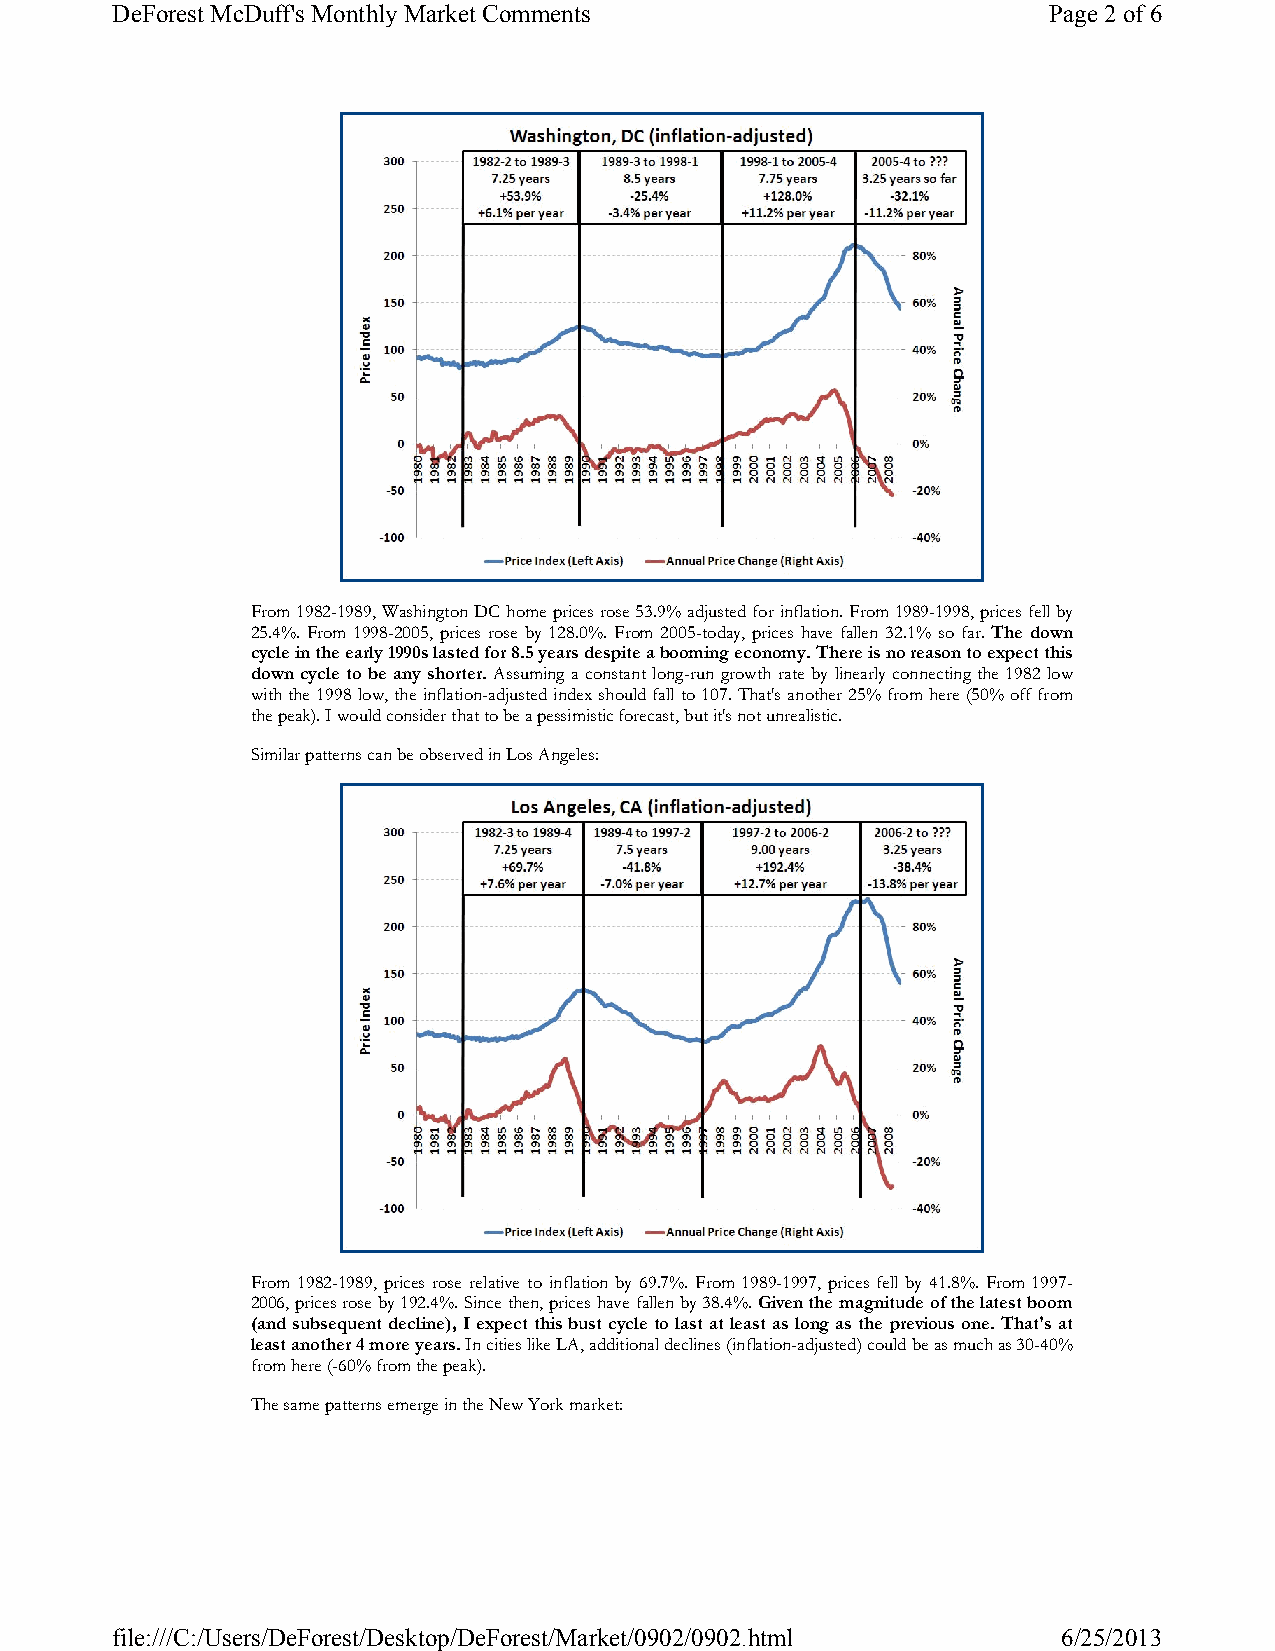
DeForest McDuff's Monthly Market Comments                     Page 2of 6
 From 1982-1989, Washington DC home prices rose 53.9% adjusted for inflation. From 1989-1998, prices fell by
 25.4%. From 1998-2005, prices rose by 128.0%. From 2005-today, prices have fallen 32.1% so far. The down
 cycle in the early 1990s lasted for 8.5 years despite a booming economy. There is no reason to expect this
 down cycle to be any shorter. Assuming a constant long-run growth rate by linearly connecting the 1982 low
 with the 1998 low, the inflation-adjusted index should fall to 107. That's another 25% from here (50% off from
 the peak). I would consider that to be a pessimistic forecast, but it's not unrealistic.
 Similar patterns can be observed in Los Angeles:
 From 1982-1989, prices rose relative to inflation by 69.7%. From 1989-1997, prices fell by 41.8%. From 1997-
 2006, prices rose by 192.4%. Since then, prices have fallen by 38.4%. Given the magnitude of the latest boom
 (and subsequent decline), I expect this bust cycle to last at least as long as the previous one. That's at
 least another 4 more years. In cities like LA, additional declines (inflation-adjusted) could be as much as 30-40%
 from here (-60% from the peak).
 The same patterns emerge in the New York market:
 file:///C:/Users/DeForest/Desktop/DeForest/Market/0902/0902.html 6/25/2013